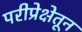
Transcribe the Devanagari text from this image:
परीप्रेक्षेतून